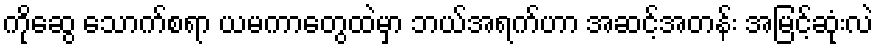
ကိုဆွေ သောက်စရာ ယမကာတွေထဲမှာ ဘယ်အရက်ဟာ အဆင့်အတန်း အမြင့်ဆုံးလဲ